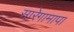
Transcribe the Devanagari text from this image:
सारेगामापा